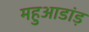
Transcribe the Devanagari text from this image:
महुआडांड़